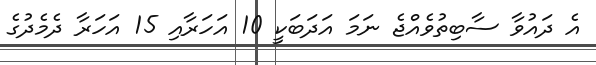
އެ ދައުވާ ސާބިތުވެއްޖެ ނަމަ އަދަބަކީ 10 އަހަރާއި 15 އަހަރާ ދެމެދުގެ